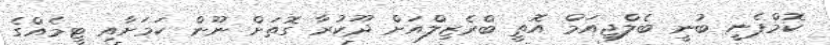
ކޮމްޕެނީ ބުނީ ބެލްޖިއަމް އޮތީ ބްރެޒިލްއަށް ދޫކުރާ ގޮތަށް ނޫން ކަމަށާއި ޓީމެއްގެ